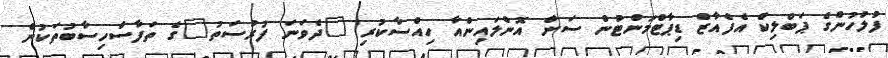
ފުލުހުންގެ ޕަބްލިކް އެފެއާޒް ޑިޕާޓްމަންޓުން ސަން އޮންލައިންއާ ހިއްސާކުރި "ދެވަނަ ފުރުސަތު"ގެ ތަފާސްހިސާބުތަކުން